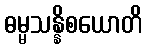
ဓမ္မသန္နိစယောတိ